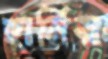
হার্নিয়া